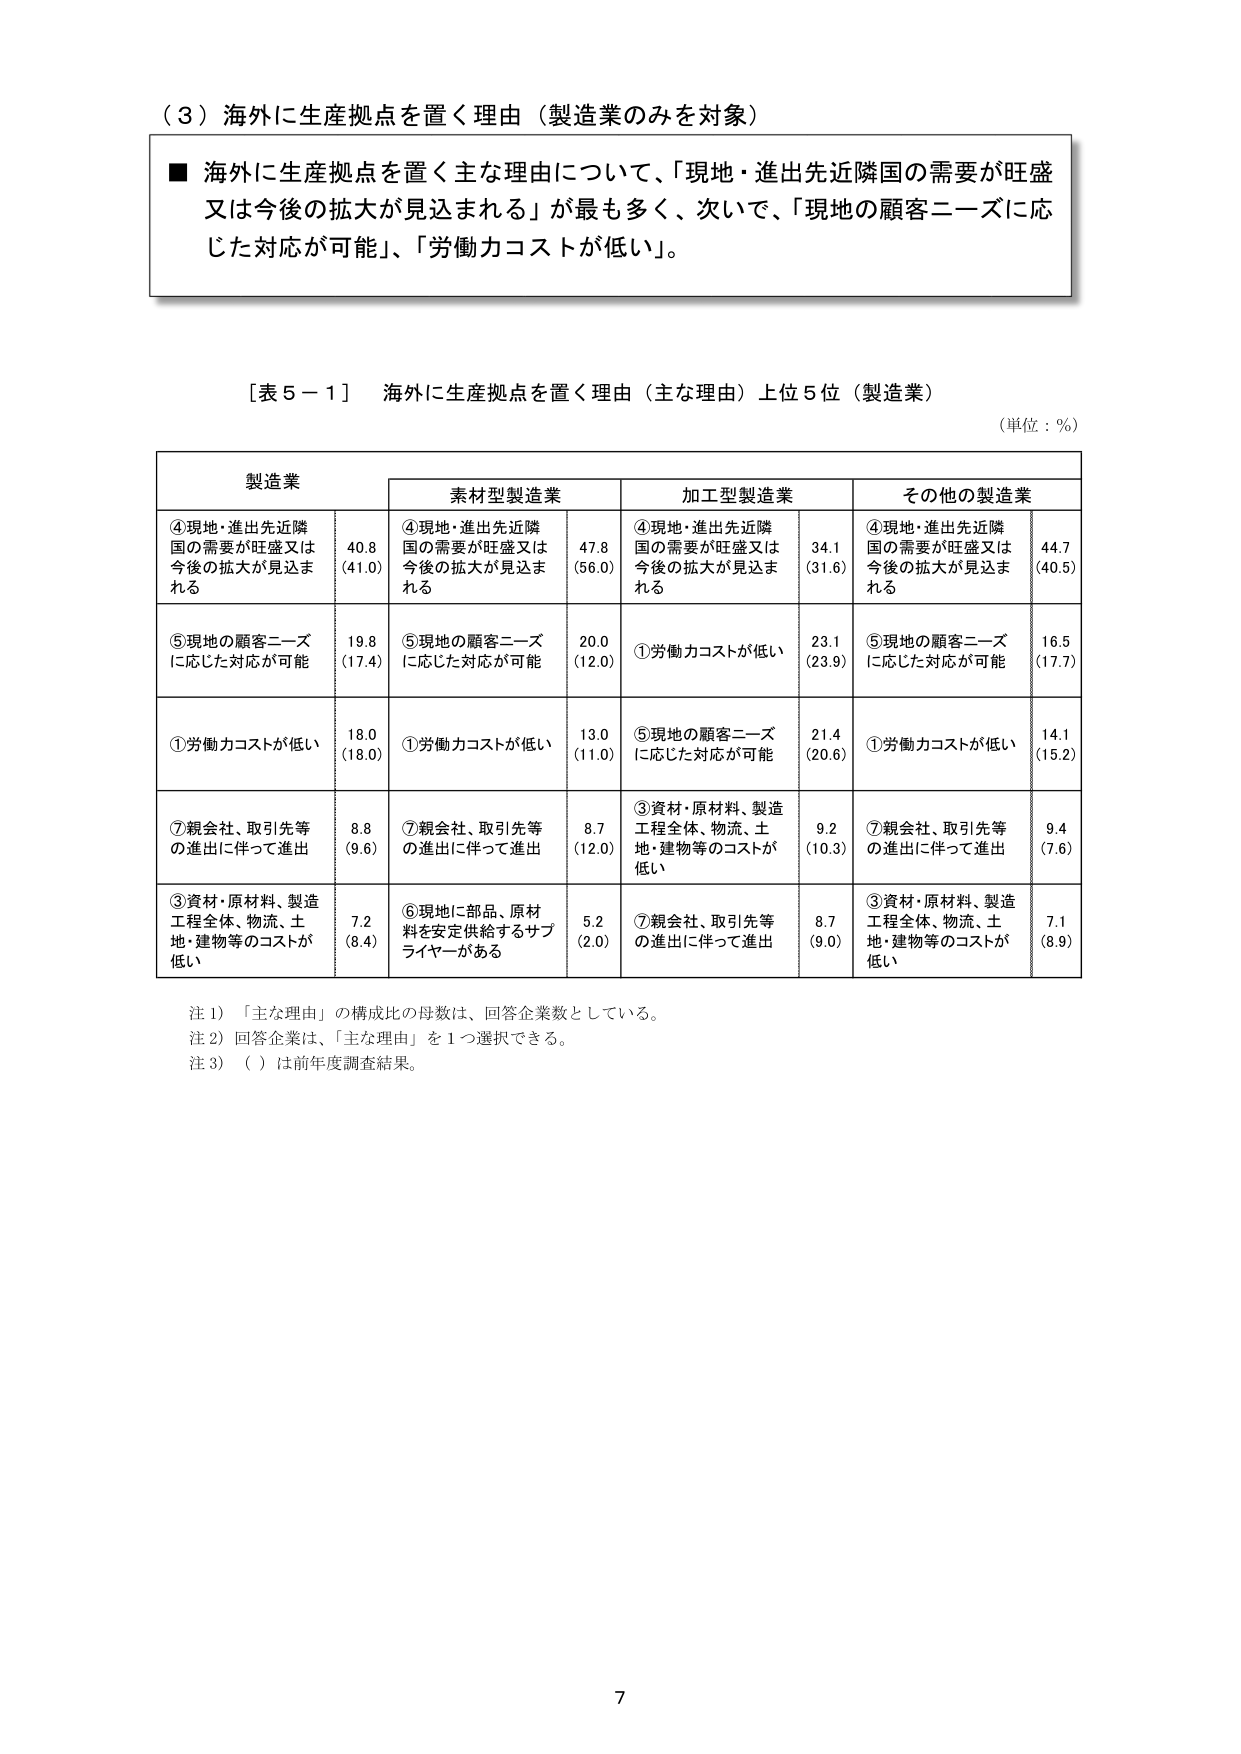
（３）海外に生産拠点を置く理由（製造業のみを対象）

■ 海外に生産拠点を置く主な理由について、「現地・進出先近隣国の需要が旺盛又は今後の拡大が見込まれる」が最も多く、次いで、「現地の顧客ニーズに応じた対応が可能」、「労働力コストが低い」。

［表５－１］ 海外に生産拠点を置く理由（主な理由）上位５位（製造業）
（単位：％）

製造業
素形製造業
加工型製造業
その他の製造業

④現地・進出先近隣国の需要が旺盛又は今後の拡大が見込まれる
40.8
（41.0）
④現地・進出先近隣国の需要が旺盛又は今後の拡大が見込まれる
47.8
（56.0）
④現地・進出先近隣国の需要が旺盛又は今後の拡大が見込まれる
34.1
（31.6）
④現地・進出先近隣国の需要が旺盛又は今後の拡大が見込まれる
44.7
（40.5）

⑤現地の顧客ニーズに応じた対応が可能
19.8
（17.4）
⑤現地の顧客ニーズに応じた対応が可能
20.0
（12.0）
①労働力コストが低い
23.1
（23.9）
⑤現地の顧客ニーズに応じた対応が可能
16.5
（17.7）

①労働力コストが低い
18.0
（18.0）
①労働力コストが低い
13.0
（11.0）
⑤現地の顧客ニーズに応じた対応が可能
21.4
（20.6）
①労働力コストが低い
14.1
（15.2）

⑦親会社、取引先等の進出に伴って進出
8.8
（9.6）
⑦親会社、取引先等の進出に伴って進出
8.7
（12.0）
③資材・原材料、製造工程全体、物流、土地・建物等のコストが低い
9.2
（10.3）
⑦親会社、取引先等の進出に伴って進出
9.4
（7.6）

③資材・原材料、製造工程全体、物流、土地・建物等のコストが低い
7.2
（8.4）
⑥現地に部品、原材料を安定供給するサプライヤーがある
5.2
（2.0）
⑦親会社、取引先等の進出に伴って進出
8.7
（9.0）
③資材・原材料、製造工程全体、物流、土地・建物等のコストが低い
7.1
（8.9）

注１）「主な理由」の構成比の母数は、回答企業数としている。
注２）回答企業は、「主な理由」を１つ選択できる。
注３）（ ）は前年度調査結果。

7